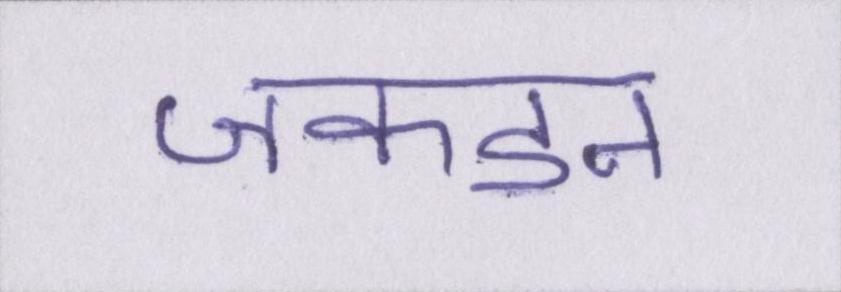
जकडन